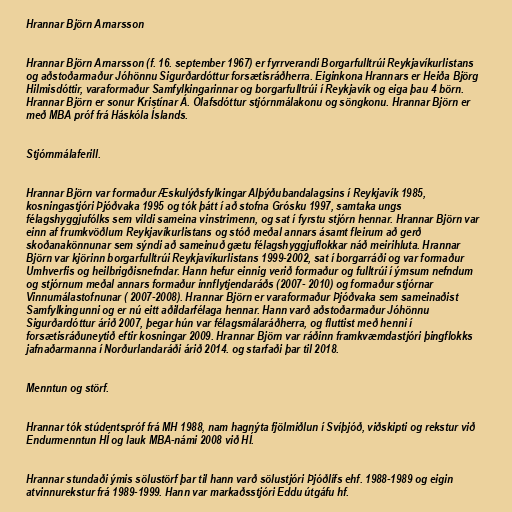
Hrannar Björn Arnarsson

Hrannar Björn Arnarsson (f. 16. september 1967) er fyrrverandi Borgarfulltrúi Reykjavíkurlistans
og aðstoðarmaður Jóhönnu Sigurðardóttur forsætisráðherra. Eiginkona Hrannars er Heiða Björg
Hilmisdóttir, varaformaður Samfylkingarinnar og borgarfulltrúi í Reykjavík og eiga þau 4 börn.
Hrannar Björn er sonur Kristínar Á. Ólafsdóttur stjórnmálakonu og söngkonu. Hrannar Björn er
með MBA próf frá Háskóla Íslands.

Stjórnmálaferill.

Hrannar Björn var formaður Æskulýðsfylkingar Alþýðubandalagsins í Reykjavík 1985,
kosningastjóri Þjóðvaka 1995 og tók þátt í að stofna Grósku 1997, samtaka ungs
félagshyggjufólks sem vildi sameina vinstrimenn, og sat í fyrstu stjórn hennar. Hrannar Björn var
einn af frumkvöðlum Reykjavíkurlistans og stóð meðal annars ásamt fleirum að gerð
skoðanakönnunar sem sýndi að sameinuð gætu félagshyggjuflokkar náð meirihluta. Hrannar
Björn var kjörinn borgarfulltrúi Reykjavíkurlistans 1999-2002, sat í borgarráði og var formaður
Umhverfis og heilbrigðisnefndar. Hann hefur einnig verið formaður og fulltrúi í ýmsum nefndum
og stjórnum meðal annars formaður innflytjendaráðs (2007- 2010) og formaður stjórnar
Vinnumálastofnunar ( 2007-2008). Hrannar Björn er varaformaður Þjóðvaka sem sameinaðist
Samfylkingunni og er nú eitt aðildarfélaga hennar. Hann varð aðstoðarmaður Jóhönnu
Sigurðardóttur árið 2007, þegar hún var félagsmálaráðherra, og fluttist með henni í
forsætisráðuneytið eftir kosningar 2009. Hrannar Björn var ráðinn framkvæmdastjóri þingflokks
jafnaðarmanna í Norðurlandaráði árið 2014. og starfaði þar til 2018.

Menntun og störf.

Hrannar tók stúdentspróf frá MH 1988, nam hagnýta fjölmiðlun í Svíþjóð, viðskipti og rekstur við
Endurmenntun HÍ og lauk MBA-námi 2008 við HÍ.

Hrannar stundaði ýmis sölustörf þar til hann varð sölustjóri Þjóðlífs ehf. 1988-1989 og eigin
atvinnurekstur frá 1989-1999. Hann var markaðsstjóri Eddu útgáfu hf.